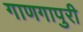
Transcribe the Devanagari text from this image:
गाणगापुरी